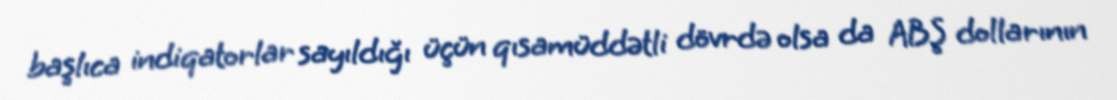
başlıca indiqatorlar sayıldığı üçün qısamüddətli dövrdə olsa da ABŞ dollarının